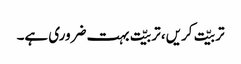
تربیّت کریں، تربیّت بہت ضروری ہے۔